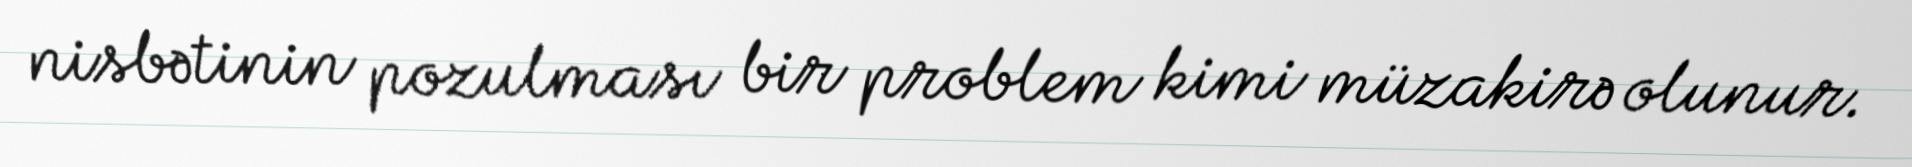
nisbətinin pozulması bir problem kimi müzakirə olunur.